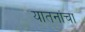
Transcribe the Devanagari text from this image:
यातनांचा